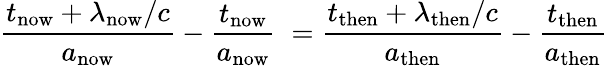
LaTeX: {\frac{t_{\mathrm{now}}+\lambda_{\mathrm{now}}/c}{a_{\mathrm{now}}}}-{\frac{t_{\mathrm{now}}}{a_{\mathrm{now}}}}\; ={\frac{t_{\mathrm{then}}+\lambda_{\mathrm{then}}/c}{a_{\mathrm{then}}}}-{\frac{t_{\mathrm{then}}}{a_{\mathrm{then}}}}